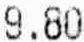
9.80